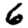
Digit: 6